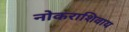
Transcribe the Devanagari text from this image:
नोकराशिवाय